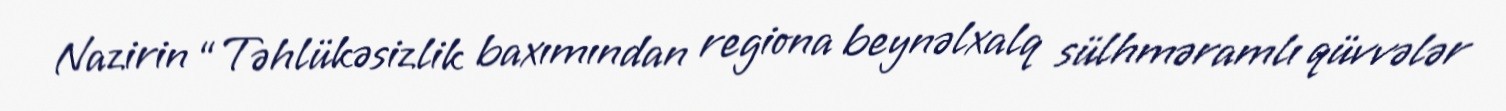
Nazirin “Təhlükəsizlik baxımından regiona beynəlxalq sülhməramlı qüvvələr